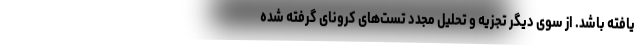
یافته باشد. از سوی دیگر تجزیه و تحلیل مجدد تست‌های کرونای گرفته شده